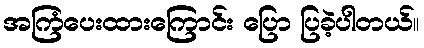
အကြံပေးထားကြောင်း ပြော ပြခဲ့ပါတယ်။